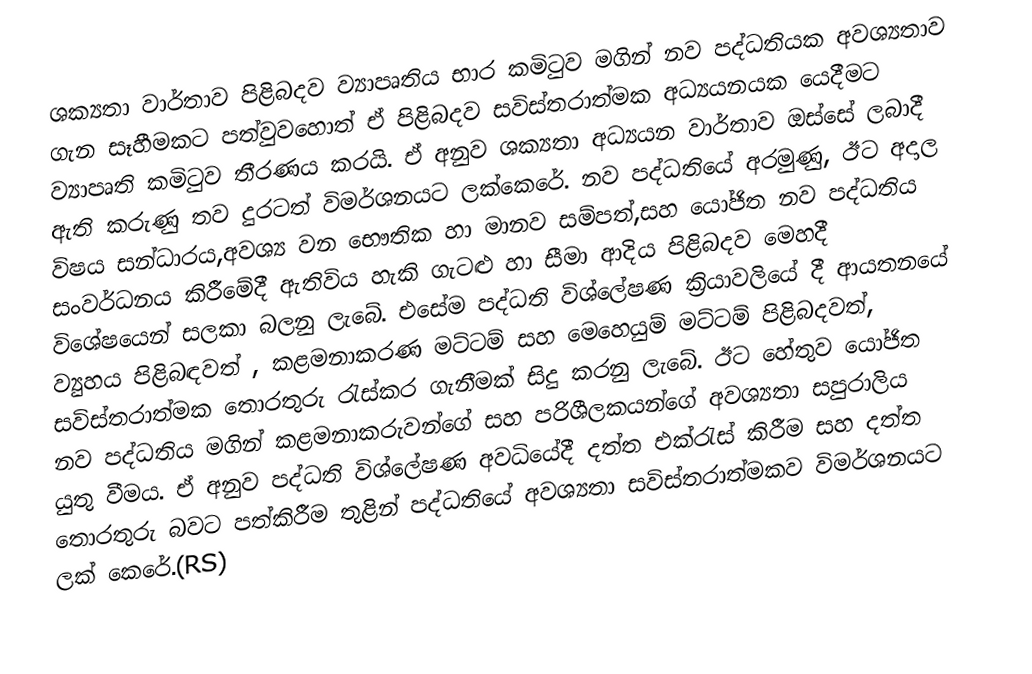
ශක්‍යතා වාර්තාව පිළිබදව ව්‍යාපෘතිය භාර කමිටුව මගින් නව පද්ධතියක අවශ්‍යතාව ගැන සෑහීමකට පත්වුවහොත් ඒ පිළිබදව සවිස්තරාත්මක අධ්‍යයනයක යෙදීමට ව්‍යාපෘති කමිටුව තීරණය කරයි. ඒ අනුව ශක්‍යතා අධ්‍යයන වාර්තාව ඔස්සේ ලබාදී ඇති කරුණු තව දුරටත්  විමර්ශනයට ලක්කෙරේ. නව පද්ධතියේ අරමුණු, ඊට අදාල විෂය සන්ධාරය,අවශ්‍ය වන භෞතික හා මානව සම්පත්,සහ යෝජිත නව පද්ධතිය සංවර්ධනය කිරීමේදී ඇතිවිය හැකි ගැටළු හා සීමා ආදිය පිළිබදව මෙහදී විශේෂයෙන් සලකා බලනු ලැබේ. එසේම පද්ධති විශ්ලේෂණ ක‍්‍රියාවලියේ දී ආයතනයේ ව්‍යුහය පිළිබඳවත් , කළමනාකරණ මට්ටම් සහ මෙහෙයුම් මට්ටම් පිළිබදවත්, සවිස්තරාත්මක තොරතුරු රැස්කර ගැනීමක්  සිදු කරනු ලැබේ. ඊට හේතුව යෝජිත නව පද්ධතිය මගින් කළමනාකරුවන්ගේ සහ පරිශීලකයන්ගේ අවශ්‍යතා සපුරාලිය යුතු වීමය. ඒ අනුව පද්ධති විශ්ලේෂණ අවධියේදී දත්ත එක්රැස් කිරීම සහ දත්ත තොරතුරු බවට පත්කිරීම තුළින් පද්ධතියේ අවශ්‍යතා සවිස්තරාත්මකව විමර්ශනයට ලක් කෙරේ.(RS)